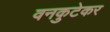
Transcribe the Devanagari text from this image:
वनकुटेकर